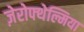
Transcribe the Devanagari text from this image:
ज़ेरोफ्थेल्मिया